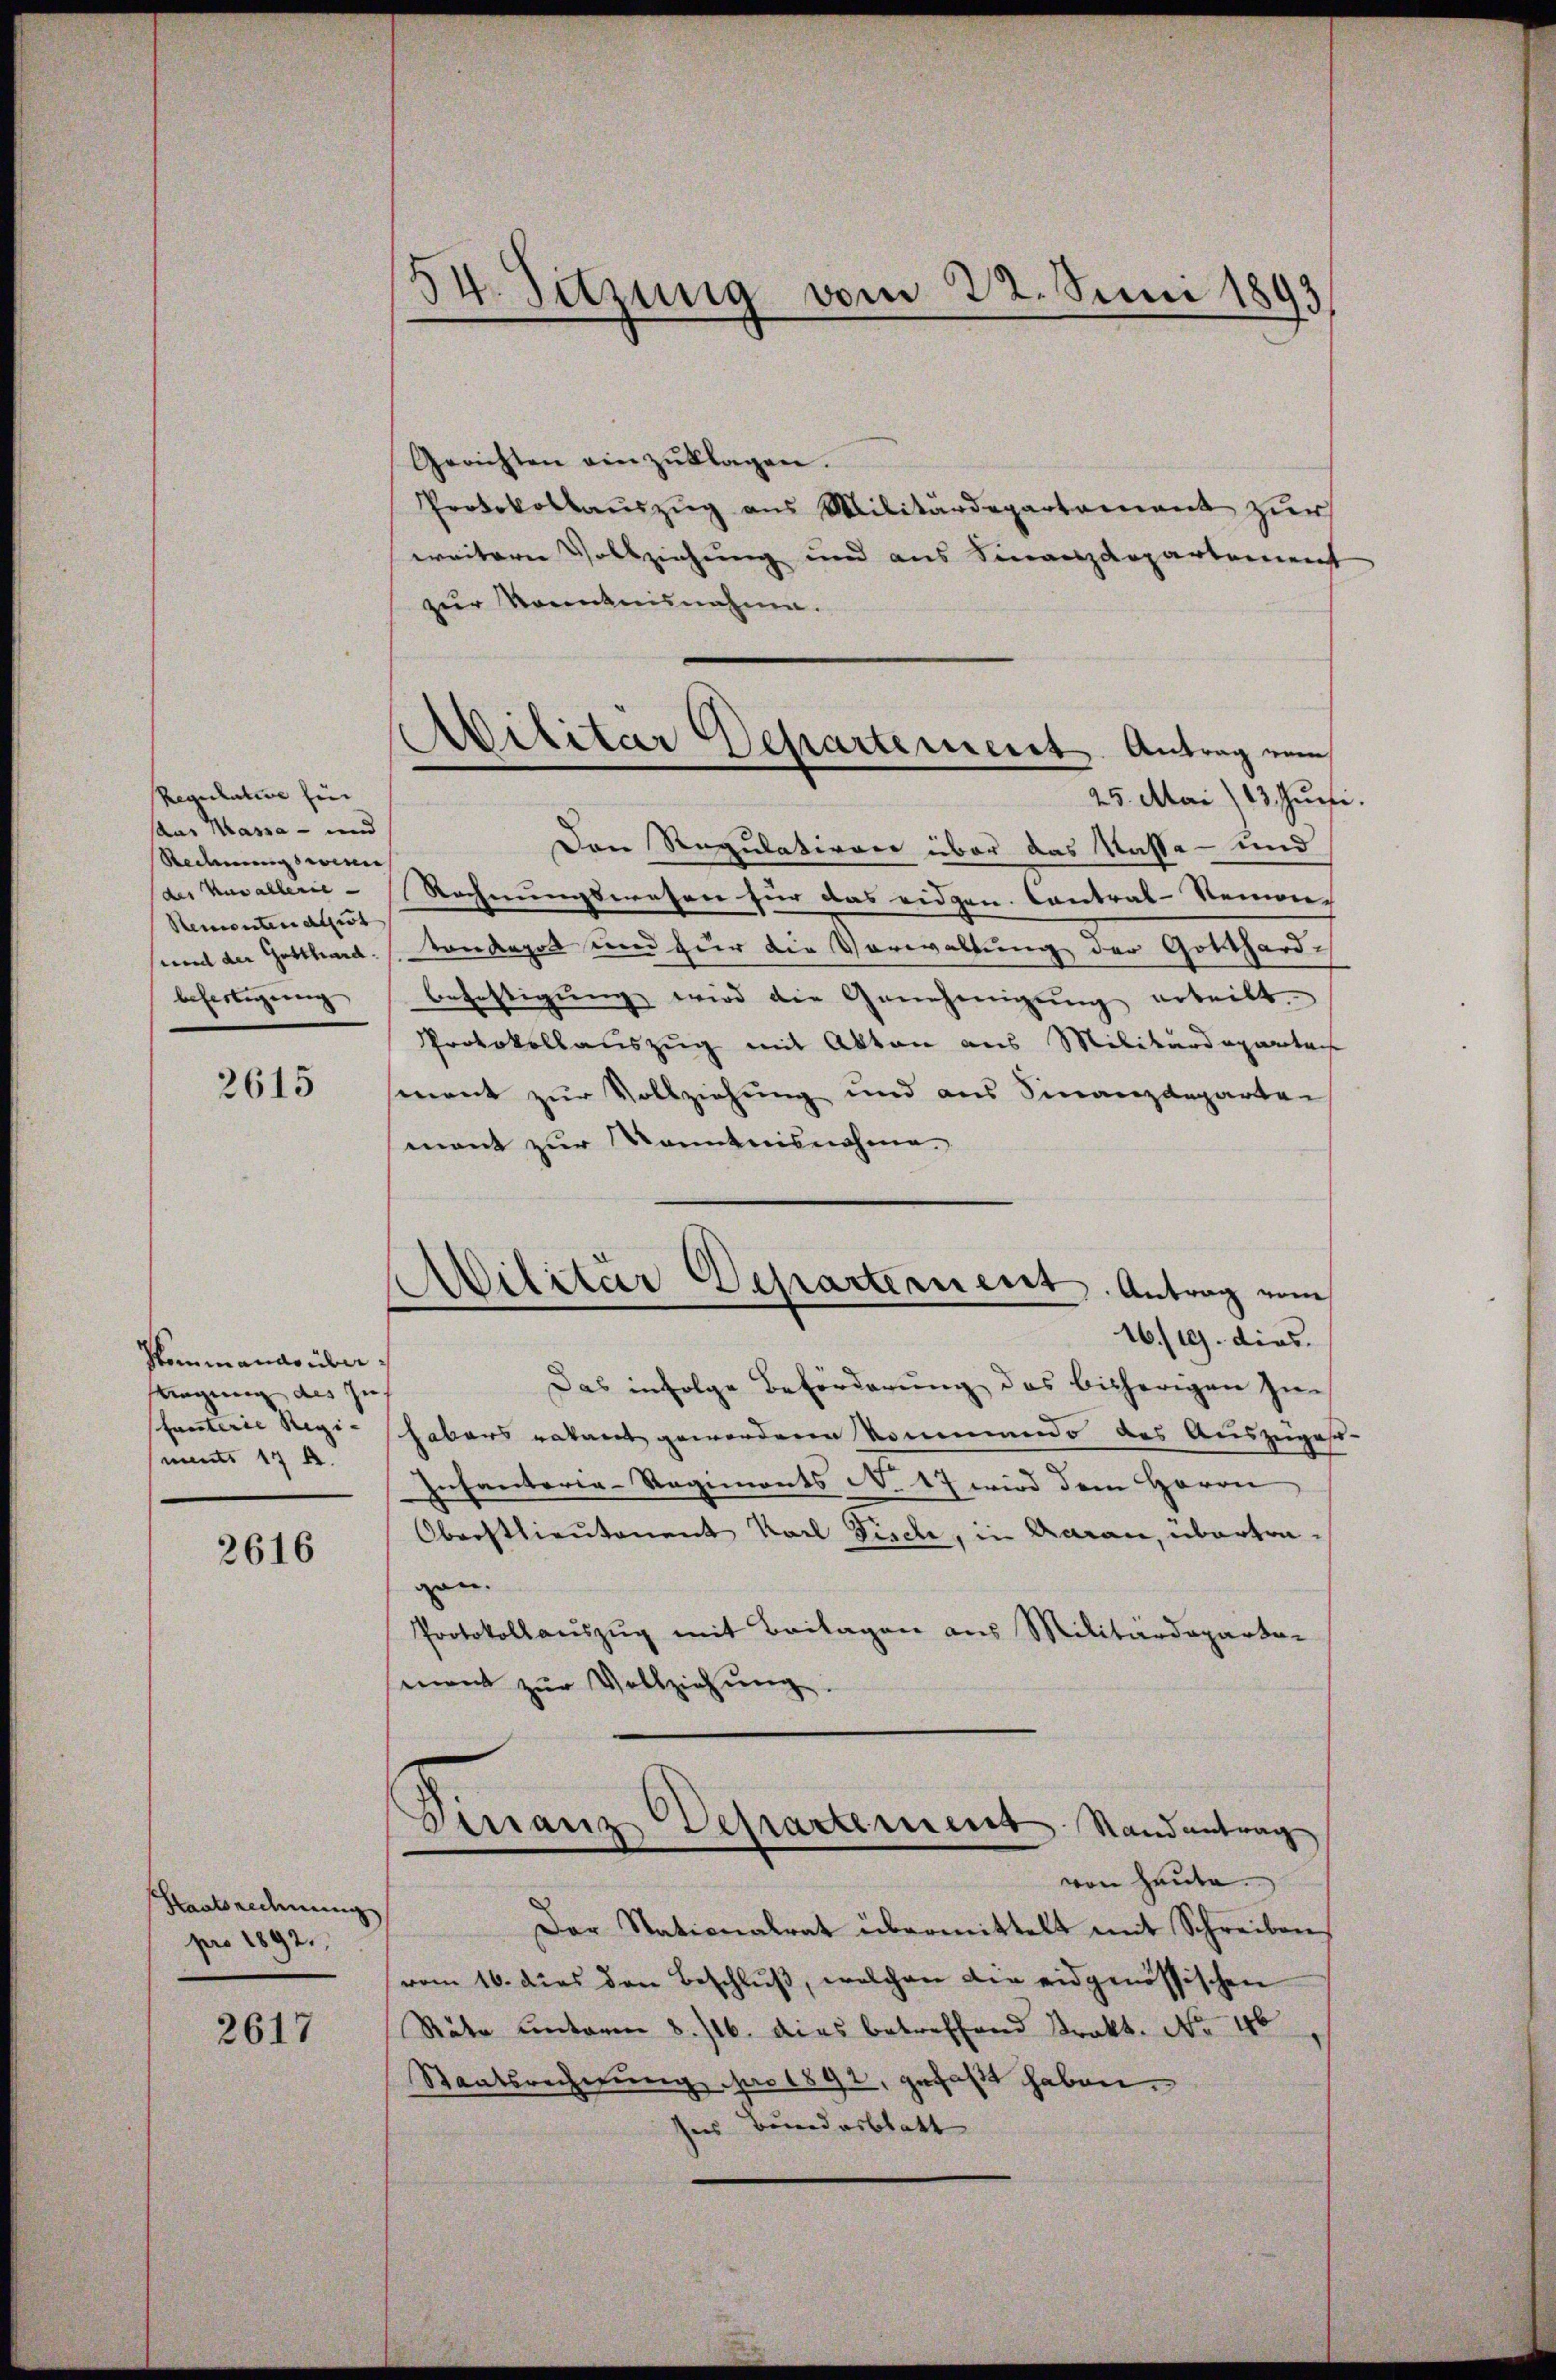
Regulation fin
saas Massa - und
Redmung seine
des Vasallerie-
Stementen allet |
und der Gotthard.
befertigung,

2615

Kommando überlegung des Zus
fanterie Regiments 17 A.

2616

Staatsrechnung
pro 1892.

2617

54. Sitzung vom 22. Juni 1893

Militar Departement Antrag vom

Gerichten einzŭklagen.
Protokollauszug aus Militärdepartement zur
weitern Vollziehung und aus Finanzdepartement
zur Kenntnisnahme.
25. Mai 13. Juni.
Der Regulationer über das Kaste- und
Rechnungswesen für das eidgen. Contral-Senonc
tonkagot und zur die Vorwaltung der Gotthardbefestigŭng wird die Genehmigŭng erteilt.
Protokollauszug mit Akten aus Militärdeparta
ment zur Vollziehung und aus Finanzdeparten
mant zur Kenntnisnahme
16./10. dies
Das infolge Beförderung des bisherigen In-
habers ratant gewordene Kommando des Auszugest
Infanterie-Regiments No 17 wird dem Herrn
Oberstlieutenent Karl Sieche, in Aarau, übertragen.
Protokollauszug mit Beilagen aus Militärdepartemont zur Vollziehung
Finanz-Departement Randantrag
von Heute.
Der Stationalrat übermittelt mit Schreibens
vom 16. dies den Beschlŭβ, welchen die eidgenössischen
Räte unterm 8. 116. dies betreffend Trakt. No. 46
Staatsrechnung pro 1892, gefaßt haben.
ses Bundesblatt

Militär Departement. Antrag vom